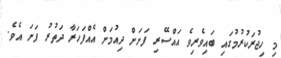
މި ހިޖުރަކުރުމުގައި ބައިވެރިވެ އައްސޭރި ފަށަށް ދިއުމަށް އެއްފަހަރާ ދަތުރު ފަށަ އެވެ.